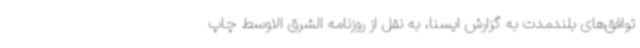
توافق‌های بلندمدت به گزارش ایسنا، به نقل از روزنامه الشرق الاوسط چاپ